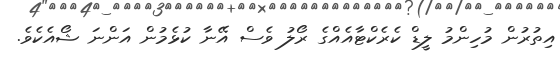
އިތުރުން މުހިންމު ލީޑް ކެރެކްޓާއެއްގެ ރޯލު ވެސް އޭނާ ކުޅެމުން އަންނަ ޝޯއެކެވެ.